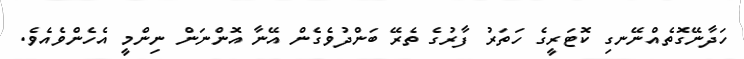
ހަދާނޭގޮތެއްނޭނގި ކޮޓަރީގެ ހަތަރު ފާރުގެ ތެރޭ ބަންދުވެގެން އޭނާ އޮންނަން ނިންމީ އެހެންވެއެވެ.